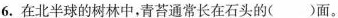
6.在北半球的树林中，青苔通常长在石头的()面。